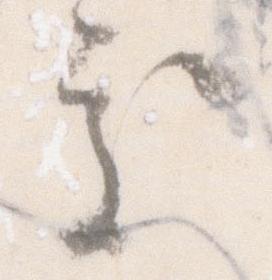
処